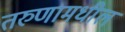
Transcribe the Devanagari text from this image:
तरुणामधील